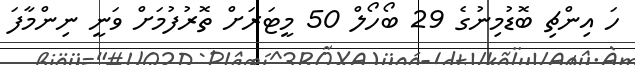
ހަ އިންޗި ބޮޑުމިނުގެ 29 ބޯހޯލް 50 މީޓަރަށް ތޮރުފުމަށް ވަނީ ނިންމާފަ